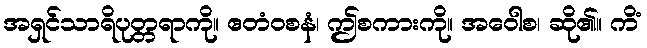
အရှင်သာရိပုတ္တရာကို။ ဧတံဝစနံ၊ ဤစကားကို။ အဝေါစ၊ ဆို၏။ ကိံ